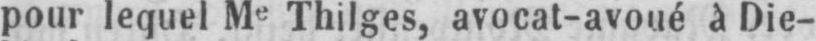
pour lequel Me Thilges, avocat-avoué à Die-